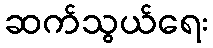
ဆက်သွယ်ရေး